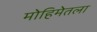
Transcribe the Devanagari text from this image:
मोहिमेतला